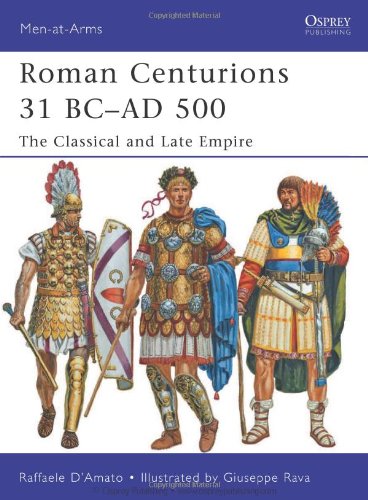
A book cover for Roman Centurions 31 BC-AD 500: The Classical and Late Empire (Men-at-Arms); Raffaele D'Amato; History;